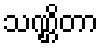
သဏ္ဌိတာ